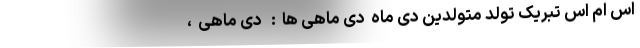
اس ام اس تبریک تولد متولدین دی ماه  دی ماهی ها  :   دی ماهی  ،